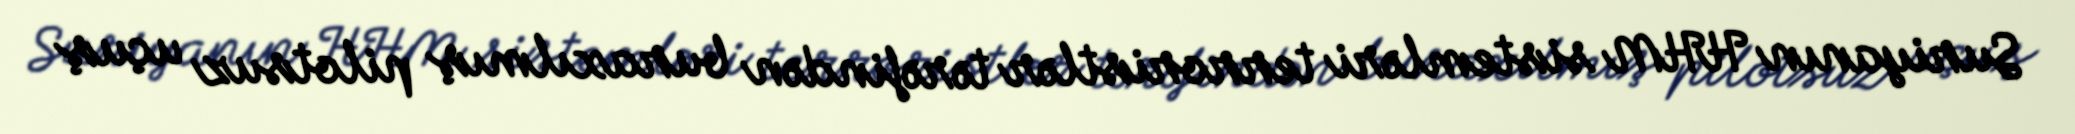
Suriyanın HHM sistemləri terroristlər tərəfindən buraxılmış pilotsuz uçuş